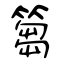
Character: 篘